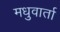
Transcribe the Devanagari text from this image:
मधुवार्ता